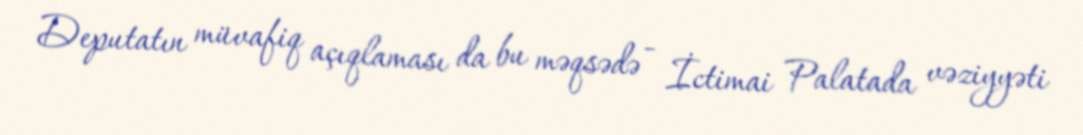
Deputatın müvafiq açıqlaması da bu məqsədə - İctimai Palatada vəziyyəti